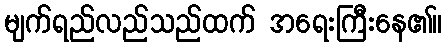
မျက်ရည်လည်သည်ထက် အရေးကြီးနေ၏။